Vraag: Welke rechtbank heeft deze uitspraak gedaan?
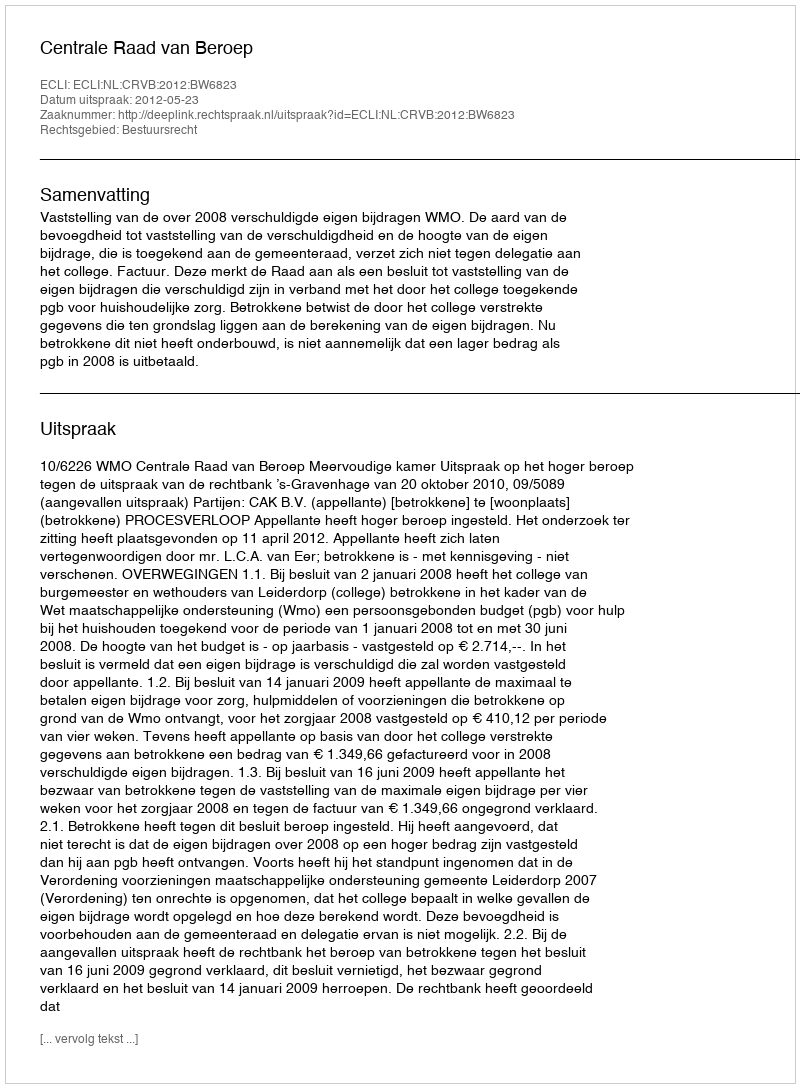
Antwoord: Centrale Raad van Beroep